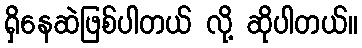
ရှိနေဆဲဖြစ်ပါတယ် လို့ ဆိုပါတယ်။